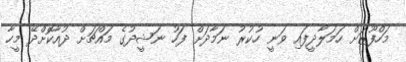
މަހްފޫޒަށް ހަމަލާދީފައި ވަނީ ހުކުރު ނަމާދަށް ފަހު ނަޝީދުގެ މައްޗަށް ދުއާކޮށްދޭ މީހާ